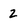
Character: 2